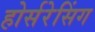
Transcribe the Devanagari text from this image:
होर्सरेसिंग